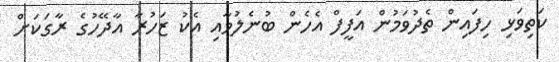
ކަތިވަޅި ހިފައިން ތެދުވަމުން އަފީފް އެހެން ބުނެލުމާއި އެކު ޒަހުރާ އާދޭހުގެ ރާގަކަށް